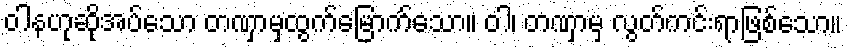
ဝါနဟုဆိုအပ်သော တဏှာမှထွက်မြောက်သော။ ဝါ၊ တဏှာမှ လွတ်ကင်းရာဖြစ်သော။